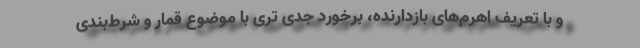
و با تعریف اهرم‌های بازدارنده، برخورد جدی تری با موضوع قمار و شرط‌بندی